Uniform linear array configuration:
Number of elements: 64
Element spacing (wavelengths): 1
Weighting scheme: uniform
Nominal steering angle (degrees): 30
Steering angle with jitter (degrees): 28.475
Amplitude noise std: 0.05
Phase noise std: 0.05

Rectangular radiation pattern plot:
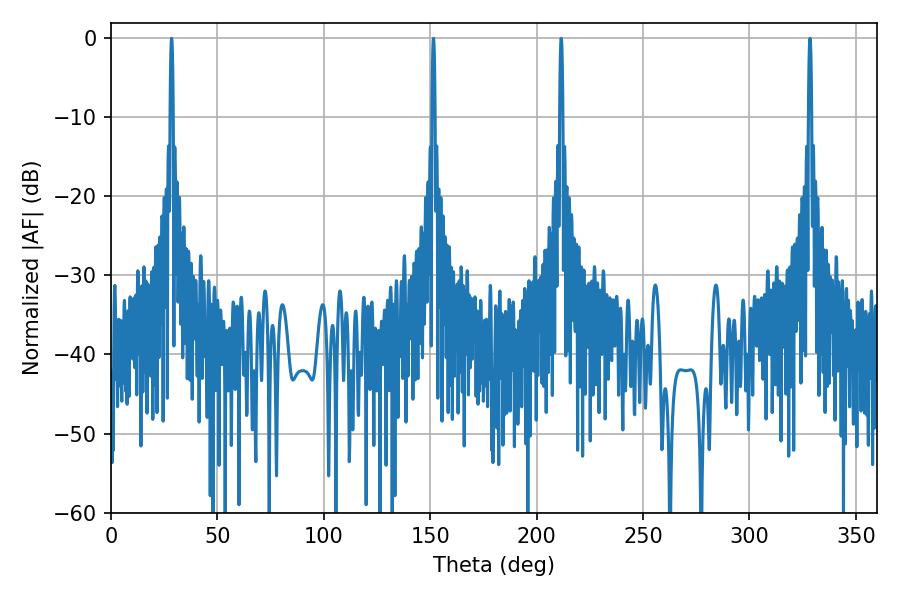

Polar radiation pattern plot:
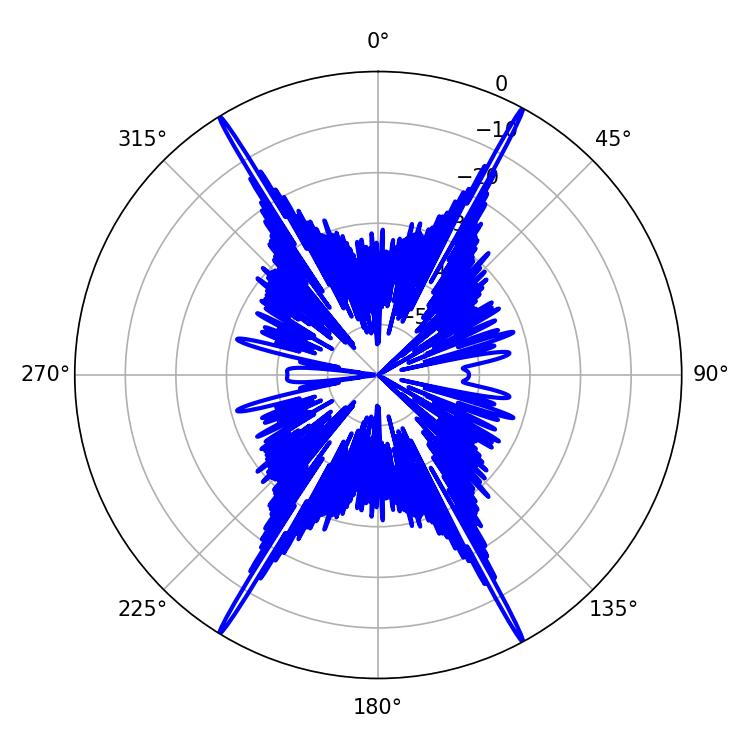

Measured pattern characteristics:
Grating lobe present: TRUE
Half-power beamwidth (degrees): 0.72
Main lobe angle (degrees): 28.44